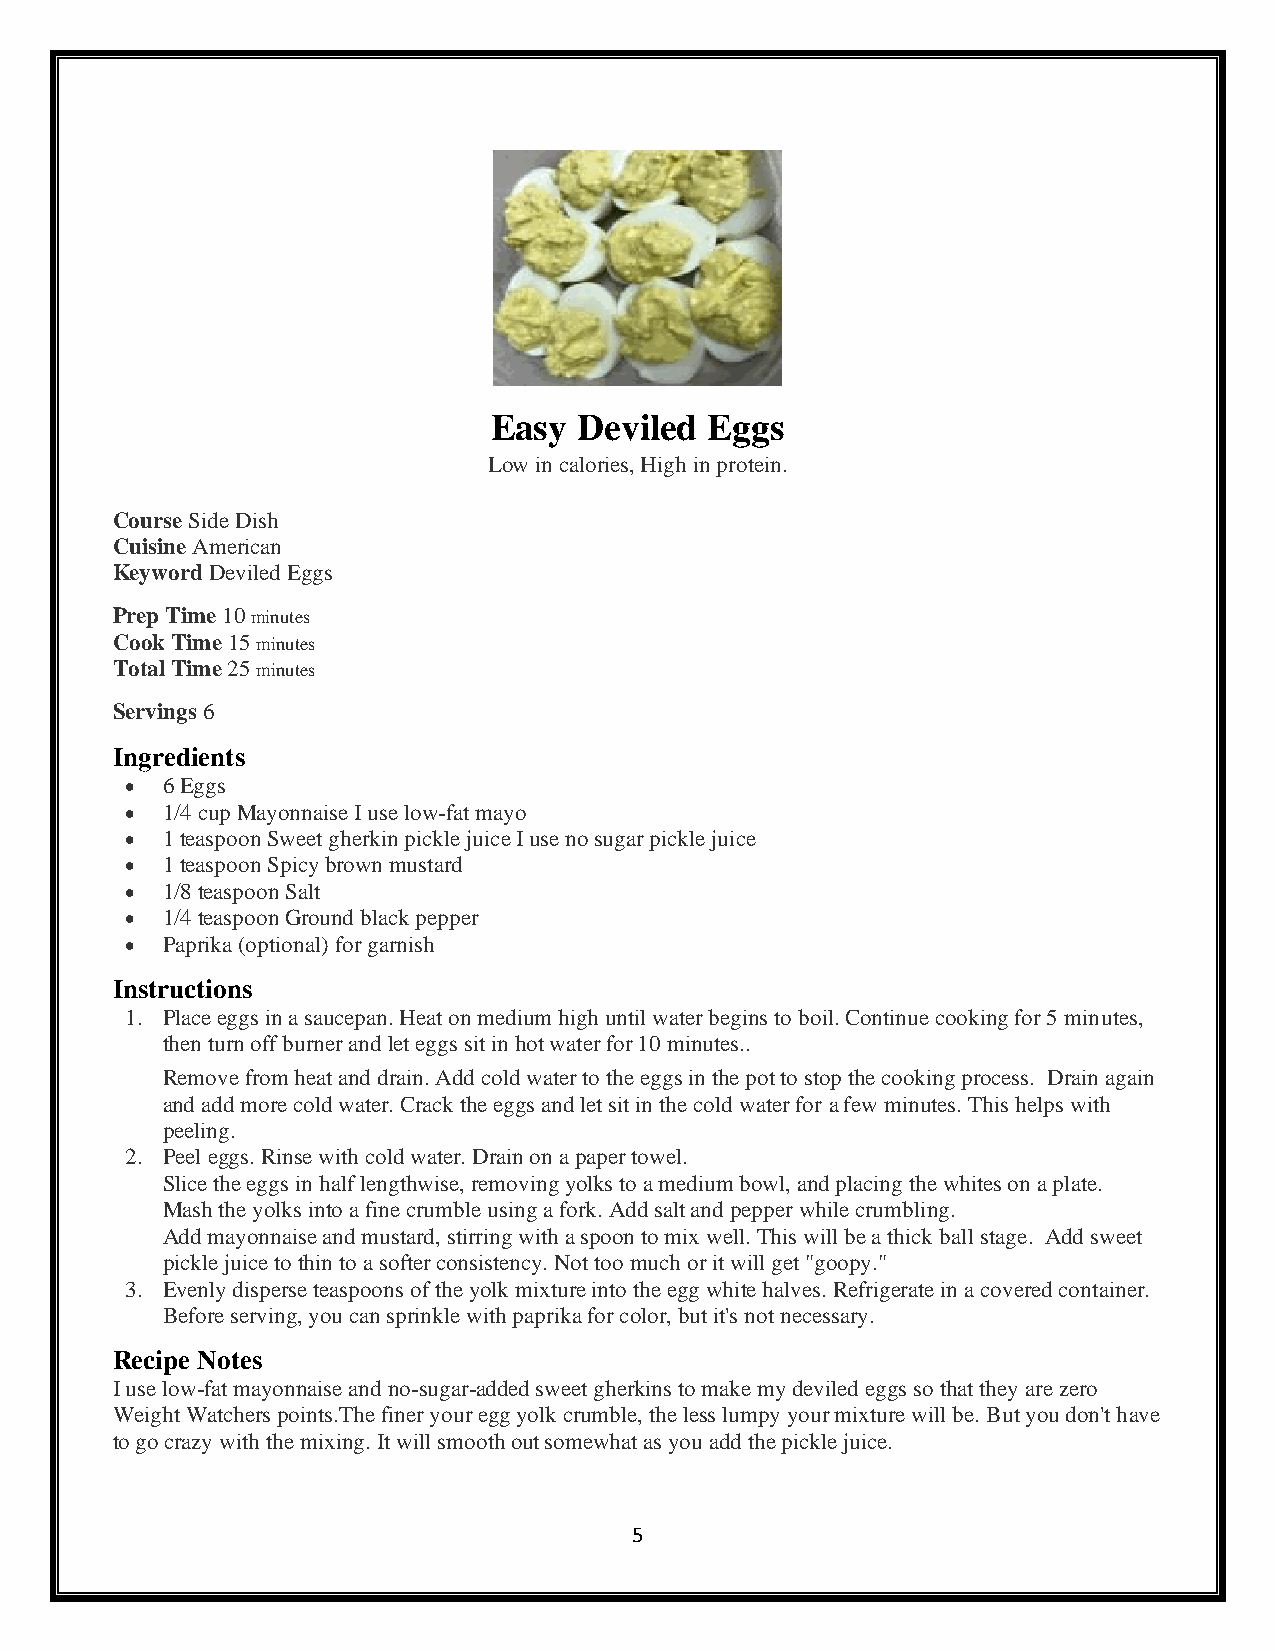
Easy  Deviled  Eggs
 Low in calories, High in protein.
 Course Side Dish
 Cuisine American
 Keyword Deviled Eggs
 Prep Time 10 minutes
 Cook Time 15 minutes
 Total Time 25 minutes
 Servings 6
 Ingredients
 •  6 Eggs
 •  1/4 cup Mayonnaise I use low-fat mayo
 •  1 teaspoon Sweet gherkin pickle juice I use no sugar pickle juice
 •  1 teaspoon Spicy brown mustard
 •  1/8 teaspoon Salt
 •  1/4 teaspoon Ground black pepper
 •  Paprika (optional) for garnish
 Instructions
 1. Place eggs in a saucepan. Heat on medium high until water begins to boil. Continue cooking for 5 minutes,
 then turn off burner and let eggs sit in hot water for 10 minutes..
 Remove from heat and drain. Add cold water to the eggs in the pot to stop the cooking process. Drain again
 and add more cold water. Crack the eggs and let sit in the cold water for a few minutes. This helps with
 peeling.
 2. Peel eggs. Rinse with cold water. Drain on a paper towel.
 Slice the eggs in half lengthwise, removing yolks to a medium bowl, and placing the whites on a plate.
 Mash the yolks into a fine crumble using a fork. Add salt and pepper while crumbling.
 Add mayonnaise and mustard, stirring with a spoon to mix well. This will be a thick ball stage. Add sweet
 pickle juice to thin to a softer consistency. Not too much or it will get "goopy."
 3. Evenly disperse teaspoons of the yolk mixture into the egg white halves. Refrigerate in a covered container.
 Before serving, you can sprinkle with paprika for color, but it's not necessary.
 Recipe Notes
 I use low-fat mayonnaise and no-sugar-added sweet gherkins to make my deviled egg s so that they are zero
 Weight Watchers points.The finer your egg yolk crumble, the less lumpy your mixture will be. But you don't have
 to go crazy with the mixing. It will smooth out somewhat as you add the pickle juice.
 5